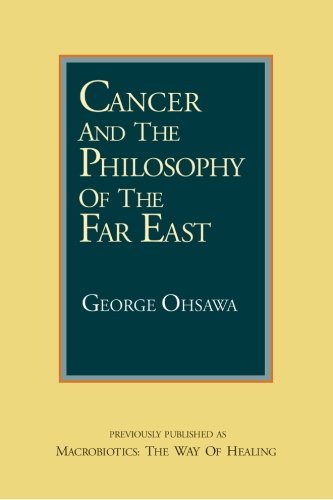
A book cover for Cancer and the Philosophy of the Far East; George Ohsawa; Health, Fitness & Dieting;